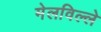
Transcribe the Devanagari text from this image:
मेलविल्ले